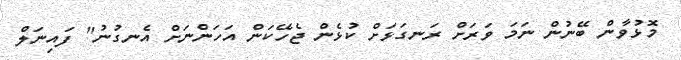
މޮޅުވާން ބޭނުން ނަމަ ވަރަށް ރަނގަޅަށް ކުޅެން ޖެހޭކަން އަހަންނަށް އެނގުނު" ފައިނަލް